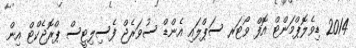
2014 ޑިވެލޮޕްމަންޓް އޮފް ވޯޓަރ ސަޕްލައި އެންޑް ސުވަރެޖް ފެސިލިޓީސް ޕްރޮޖެކްޓް އިން